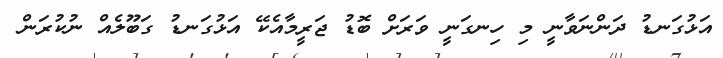
އަޅުގަނޑު ދަންނަވާނީ މި ހިނގަނީ ވަރަށް ބޮޑު ޖަރީމާއެކޭ އަޅުގަނޑު ގަބޫލެއް ނުކުރަން